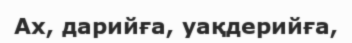
Ах, дарийға, уақдерийға,